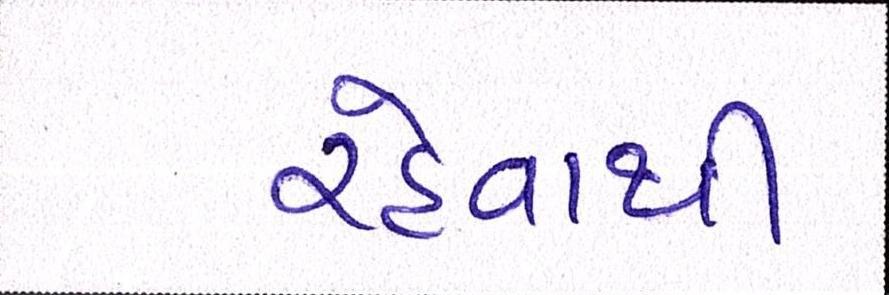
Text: રહેવાથી